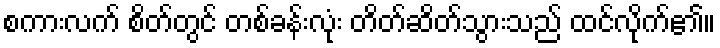
စကားလက် စိတ်တွင် တစ်ခန်းလုံး တိတ်ဆိတ်သွားသည် ထင်လိုက်၏။